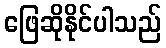
ဖြေဆိုနိုင်ပါသည်